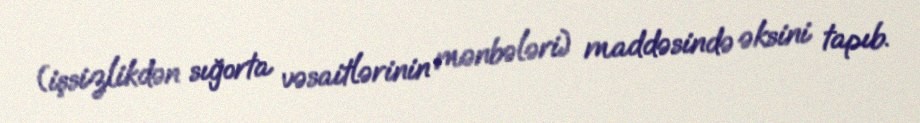
(işsizlikdən sığorta vəsaitlərinin mənbələri) maddəsində əksini tapıb.